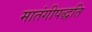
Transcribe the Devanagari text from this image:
मातंगीपद्धति